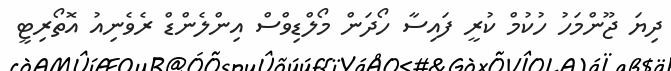
ދިޔަ ޖޫންމަހު ހުކުމް ކުރީ ފައިސާ ހޯދަން މޯލްޑިވްސް އިންލެންޑް ރެވެނިއު އޮތޯރިޓީ